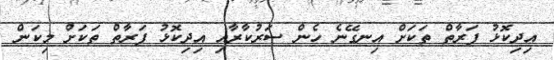
އިދިކޮޅު ފަރާތް ތަކަށް އިނގޭނެ ހެން ސަރުކާރާއި އިދިކޮޅު ފަރާތް ތަކަށް މިކަން